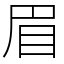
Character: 眉